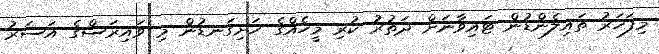
މިފަހަރު ތައިލެންޑުން ޓައިވާނަށް ދަތުރު ކުރި މީހެއްގެ ހަށިގަނޑުން މި ވައިރަސްގެ އަސަރު